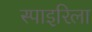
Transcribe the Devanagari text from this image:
स्पाइरिला